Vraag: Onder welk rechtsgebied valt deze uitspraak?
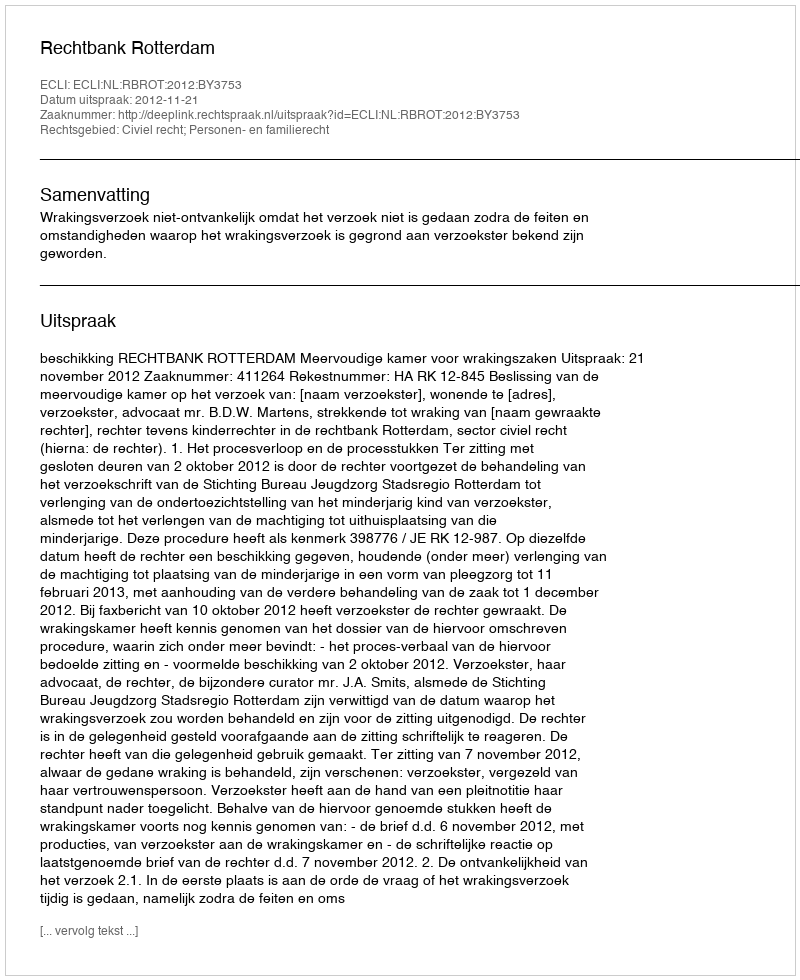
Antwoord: Civiel recht; Personen- en familierecht